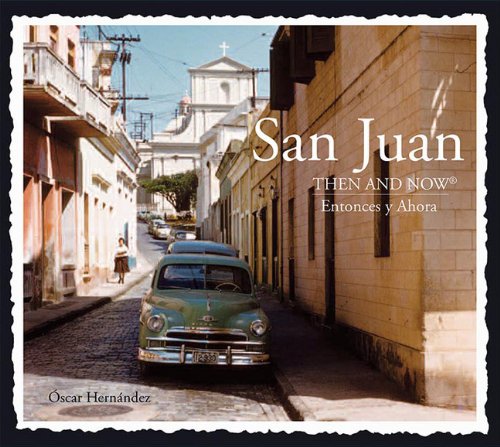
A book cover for San Juan Then and Now (Then & Now Thunder Bay); Oscar Hernandez; History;